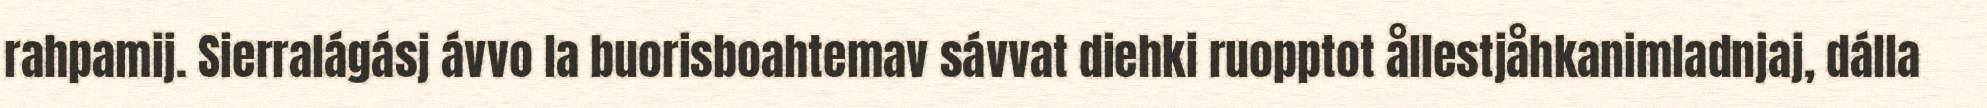
rahpamij. Sierralágásj ávvo la buorisboahtemav sávvat diehki ruopptot ållestjåhkanimladnjaj, dálla